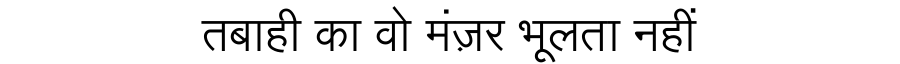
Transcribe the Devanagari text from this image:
तबाही का वो मंज़र भूलता नहीं